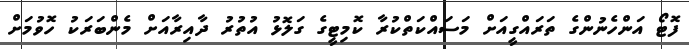
ފޮޓޯ އަންހެނުންގެ ތަރައްގީއަށް މަސައްކަތްކުރާ ކޮމިޓީގެ ގަލޮޅު އުތުރު ދާއިރާއަށް މެންބަރަކު ހޮވުމަށް